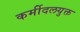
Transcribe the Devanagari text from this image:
कर्मीदलयुक्त